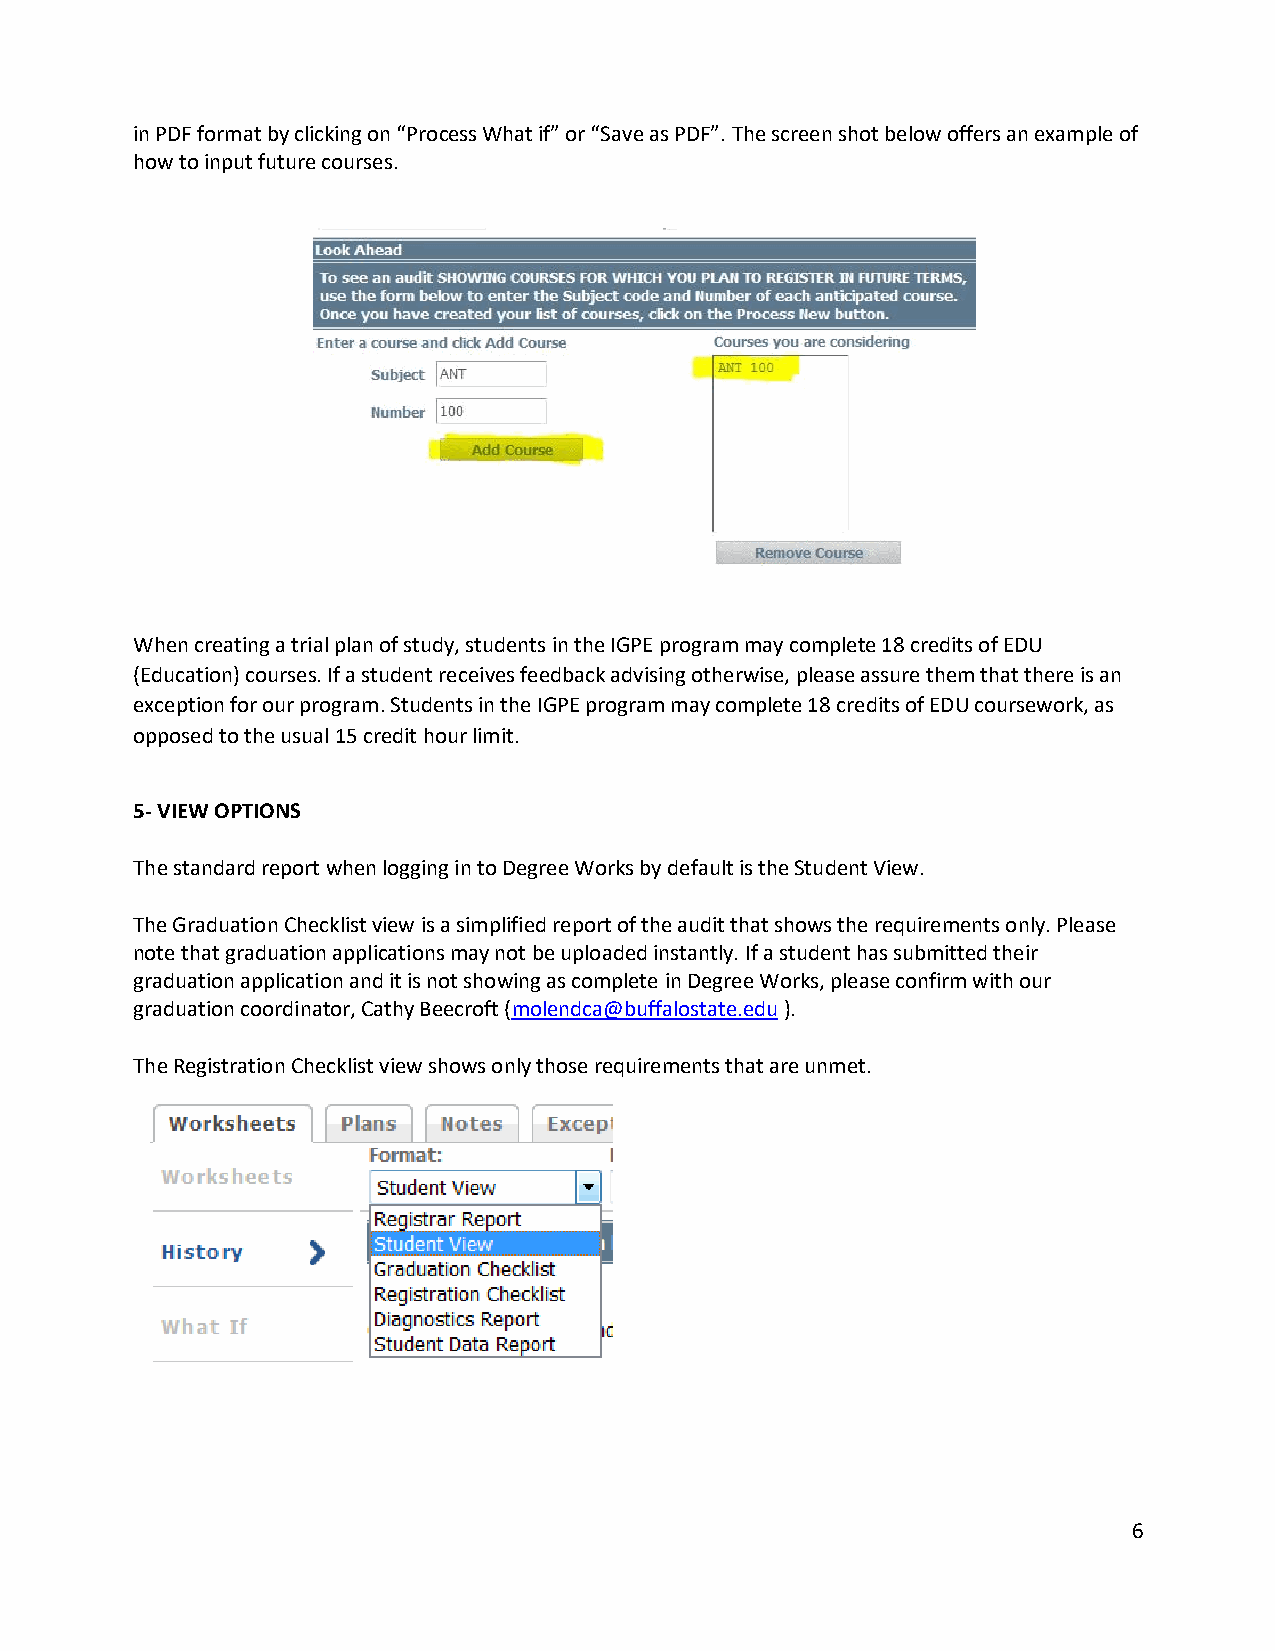
in PDF format by clicking on “Process What if” or “Save as PDF”. The screen shot below offers an example of
 how to input future courses.
 When creating a trial plan of study, students in the IGPE program may complete 18 credits of EDU
 (Education) courses. If a student receives feedback advising otherwise, please assure them that there is an
 exception for our program. Students in the IGPE program may complete 18 credits of EDU coursework, as
 opposed to the usual 15 credit hour limit.
 5- VIEW OPTIONS
 The standard report when logging in to Degree Works by default is the Student View.
 The Graduation Checklist view is a simplified report of the audit that shows the requirements only. Please
 note that graduation applications may not be uploaded instantly. If a student has submitted their
 graduation application and it is not showing as complete in Degree Works, please confirm with our
 graduation coordinator, Cathy Beecroft (molendca@buffalostate.edu ).
 The Registration Checklist view shows only those requirements that are unmet.
 6